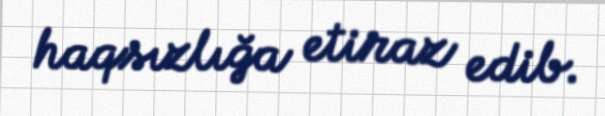
haqsızlığa etiraz edib.